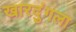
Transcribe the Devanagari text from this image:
खारदुंगला